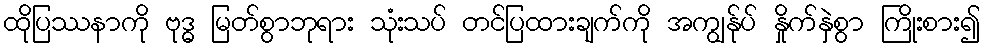
ထိုပြဿနာကို ဗုဒ္ဓ မြတ်စွာဘုရား သုံးသပ် တင်ပြထားချက်ကို အကျွန်ုပ် နှိုက်နှဲစွာ ကြိုးစား၍